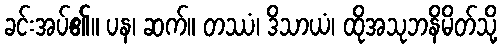
ခင်းအပ်၏။ ပန၊ ဆက်။ တဿံ၊ ဒိသာယံ၊ ထိုအသုဘနိမိတ်သို့